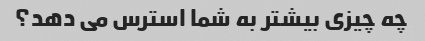
چه چیزی بیشتر به شما استرس می دهد؟